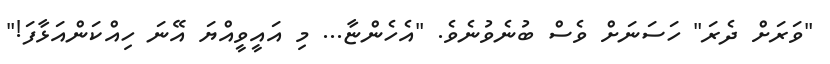
"ވަރަށް ދެރަ" ހަސަނަށް ވެސް ބުނެވުނެވެ. "އެހެންޏާ... މި އައީވީއްޔަ އޭނަ ހިއްކަންއަޅާފަ!"